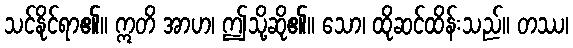
သင်နိုင်ရာ၏။ ဣတိ အာဟ၊ ဤသို့ဆို၏။ သော၊ ထိုဆင်ထိန်းသည်။ တဿ၊